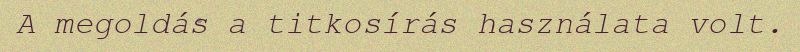
A megoldás a titkosírás használata volt.